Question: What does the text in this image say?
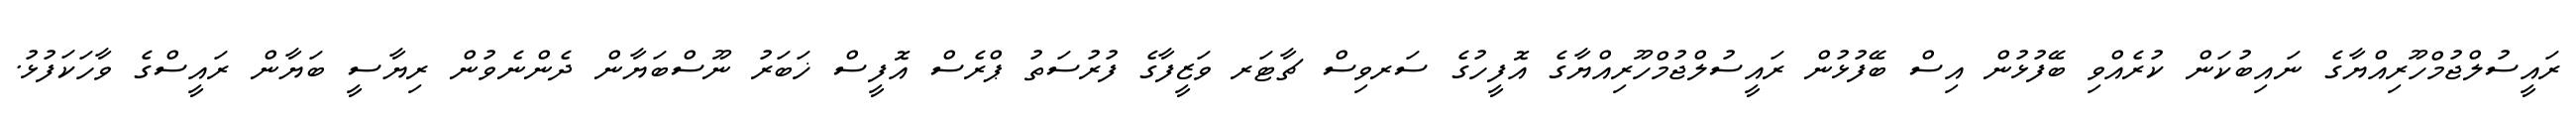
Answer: ރައީސުލްޖުމްހޫރިއްޔާގެ ނައިބުކަން ކުރެއްވި ބޭފުޅުން އިސް ބޭފުޅުން ރައީސުލްޖުމްހޫރިއްޔާގެ އޮފީހުގެ ސަރވިސް ޗާޓަރ ވަޒީފާގެ ފުރުސަތު ޕްރެސް އޮފީސް ޚަބަރު ނޫސްބަޔާން ދެންނެވުން ރިޔާސީ ބަޔާން ރައީސްގެ ވާހަކަފުޅު.